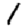
Digit: 1